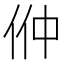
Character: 㑖